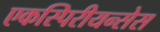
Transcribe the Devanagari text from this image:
एकस्पिरीयन्सेस